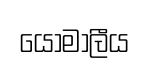
යොමාලීය